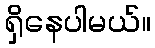
ရှိနေပါမယ်။